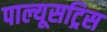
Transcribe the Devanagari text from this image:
पाल्यूसट्रिस